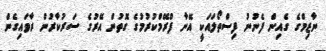
ނާޒިމްގެ ގެއިން ފެނުނު ފިސްތޯލައަކީ އޭނާ ފްރޭމްކުރުމުގެ ގޮތުން އޭރުގެ ސަރުކާރުން ރާވައިގެން